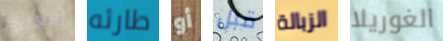
إفعلها طارئه أو قبل الزبالة الغوريلا